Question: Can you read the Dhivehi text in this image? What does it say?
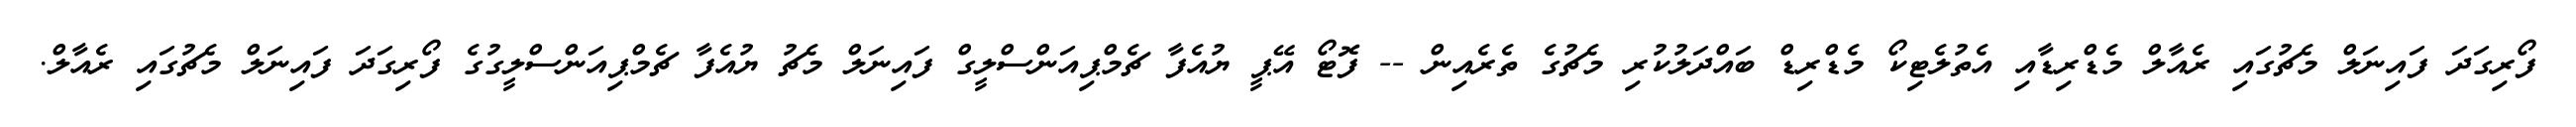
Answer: ފޯރިގަދަ ފައިނަލް މެޗުގައި ރެއާލް މެޑްރިޑާއި އެތުލެޓިކޯ މެޑްރިޑް ބައްދަލުކުރި މެޗުގެ ތެރެއިން -- ފޮޓޯ އޭޕީ ޔުއެފާ ޗެމްޕިއަންސްލީގް ފައިނަލް މެޗު ޔުއެފާ ޗެމްޕިއަންސްލީގުގެ ފޯރިގަދަ ފައިނަލް މެޗުގައި ރެއާލް.